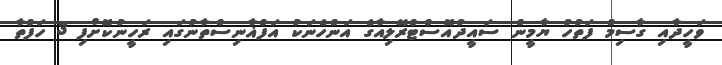
ވަހީދާއި ގާސިމް ފަތުހު ޔާމީން ސައީދުއޮސްޓްރޭލިއާގެ އަންހެނަކު އަފްޣާނިސްތާނުގައި ރަހީނުކޮށްފި 3 ހަފްތާ